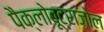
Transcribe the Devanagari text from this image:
पैक्लोबूट्राज़ोल